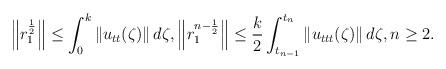
LaTeX: \begin{align*} \left\|r_1^{\frac{1}{2}}\right\| \leq \int_0^{k} \left\|u_{tt}(\zeta)\right\| d\zeta, \left\|r_1^{n-\frac{1}{2}}\right\|\leq \frac{k}{2} \int_{t_{n-1}}^{t_{n}} \left\|u_{ttt}(\zeta)\right\| d\zeta, n\geq 2. \end{align*}